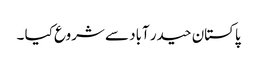
پاکستان حیدر آباد سے شروع کیا ۔